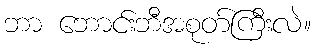
ဘာ ဘောင်းဘီအစုတ်ကြီးလဲ။